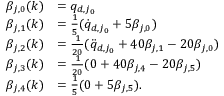
\begin{array} { r l } { \beta _ { j , 0 } ( k ) } & { = q _ { d , j _ { 0 } } } \\ { \beta _ { j , 1 } ( k ) } & { = \frac { 1 } { 5 } ( \dot { q } _ { d , j _ { 0 } } + 5 \beta _ { j , 0 } ) } \\ { \beta _ { j , 2 } ( k ) } & { = \frac { 1 } { 2 0 } ( \ddot { q } _ { d , j _ { 0 } } + 4 0 \beta _ { j , 1 } - 2 0 \beta _ { j , 0 } ) } \\ { \beta _ { j , 3 } ( k ) } & { = \frac { 1 } { 2 0 } ( 0 + 4 0 \beta _ { j , 4 } - 2 0 \beta _ { j , 5 } ) } \\ { \beta _ { j , 4 } ( k ) } & { = \frac { 1 } { 5 } ( 0 + 5 \beta _ { j , 5 } ) . } \end{array}